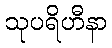
သုပရိဟီနာ